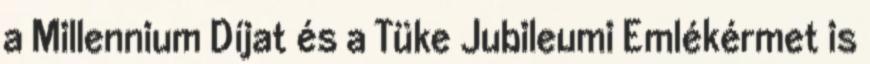
a Millennium Díjat és a Tüke Jubileumi Emlékérmet is